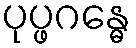
ပုပ္ဖဂန္ဓေ